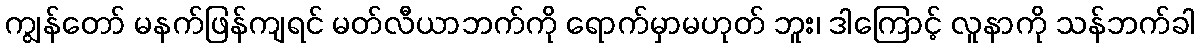
ကျွန်တော် မနက်ဖြန်ကျရင် မတ်လီယာဘက်ကို ရောက်မှာမဟုတ် ဘူး၊ ဒါကြောင့် လူနာကို သန်ဘက်ခါ